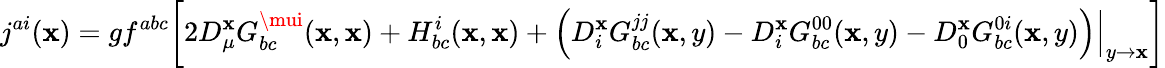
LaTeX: j^{ai}(\mathbf{x})=gf^{abc}\biggl[2D_{\mu}^{\mathbf{x}}G_{bc}^{\mui}(\mathbf{x},\mathbf{x})+H_{bc}^{i}(\mathbf{x},\mathbf{x})+\Bigl(D_{i}^{\mathbf{x}}G_{bc}^{jj}(\mathbf{x},y)-D_{i}^{\mathbf{x}}G_{bc}^{00}(\mathbf{x},y)-D_{0}^{\mathbf{x}}G_{bc}^{0i}(\mathbf{x},y)\Bigr)\Big|_{y\to\mathbf{x}}\biggr]